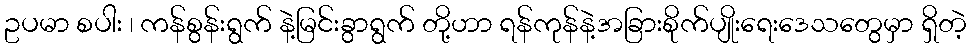
ဥပမာ စပါး ၊ ကန်စွန်းရွက် နဲ့မြင်းခွာရွက် တို့ဟာ ရန်ကုန်နဲ့အခြားစိုက်ပျိုးရေးဒေသတွေမှာ ရှိတဲ့